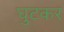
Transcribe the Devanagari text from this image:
घुटकर